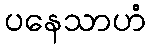
ပနေသာဟံ